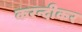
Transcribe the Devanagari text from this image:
करन्दीकर